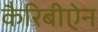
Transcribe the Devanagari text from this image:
कैरिबीऐन